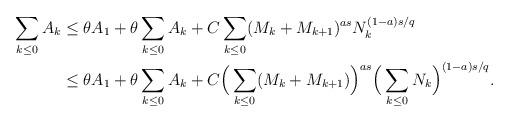
LaTeX: \begin{align*} \sum_{k\le 0}A_k & \le \theta A_1+\theta \sum_{k\le 0}A_k+C \sum_{k\le 0}(M_{k}+M_{k+1})^{as}N_k^{(1-a)s/q}\\ & \le \theta A_1+\theta \sum_{k\le 0}A_k+C\Big( \sum_{k\le 0}(M_{k}+M_{k+1})\Big)^{as}\Big( \sum_{k\le 0}N_k\Big)^{(1-a)s/q}. \\ \end{align*}